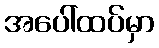
အပေါ်ထပ်မှာ